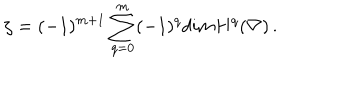
\zeta = ( - 1 ) ^ { m + 1 } \sum _ { q = 0 } ^ { m } ( - 1 ) ^ { q } d i m H ^ { q } ( \nabla ) \, .